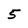
Character: 5